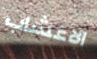
الاعشاب